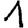
Digit: 1